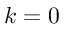
k = 0